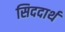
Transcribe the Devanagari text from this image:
सिददार्थ